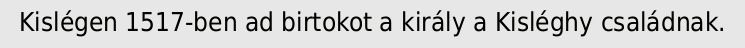
Kislégen 1517-ben ad birtokot a király a Kisléghy családnak.